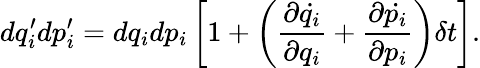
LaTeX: dq_{i}^{\prime}dp_{i}^{\prime}=dq_{i}dp_{i}\left[1+\left({\frac{\partial{\dot{q_{i}}}}{\partial q_{i}}}+{\frac{\partial{\dot{p_{i}}}}{\partial p_{i}}}\right)\delta t\right].